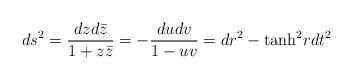
LaTeX: \begin{align*}ds^2 = { dz d{\bar z} \over 1 + z {\bar z}} = - {du dv \over 1 - uv} = dr^2 - {\rm tanh}^2 r dt^2\end{align*}